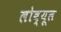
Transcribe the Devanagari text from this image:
लोब्यूल